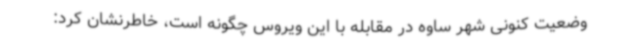
وضعیت کنونی شهر ساوه در مقابله با این ویروس چگونه است، خاطرنشان کرد: